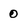
Character: 0